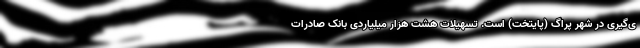
ی‌گیری در شهر پراگ (پایتخت) است. تسهیلات هشت هزار میلیاردی بانک صادرات